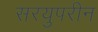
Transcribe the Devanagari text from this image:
सरयुपरीन